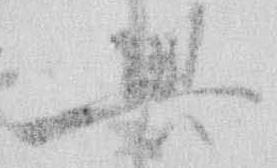
興